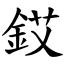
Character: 銰